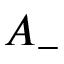
A _ { - }